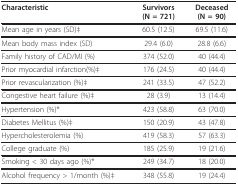
<table><thead><tr><td><b>Characteristic</b></td><td><b>Survivors(N = 721)</b></td><td><b>Deceased(N = 90)</b></td></tr></thead><tbody><tr><td>Mean age in years (SD)‡</td><td>60.5 (12.5)</td><td>69.5 (11.6)</td></tr><tr><td>Mean body mass index (SD)</td><td>29.4 (6.0)</td><td>28.8 (6.6)</td></tr><tr><td>Family history of CAD/MI (%)</td><td>374 (52.0)</td><td>40 (44.4)</td></tr><tr><td>Prior myocardial infarction(%)‡</td><td>176 (24.5)</td><td>40 (44.4)</td></tr><tr><td>Prior revascularization (%)‡</td><td>241 (33.5)</td><td>47 (52.2)</td></tr><tr><td>Congestive heart failure (%)‡</td><td>28 (3.9)</td><td>13 (14.4)</td></tr><tr><td>Hypertension (%)*</td><td>423 (58.8)</td><td>63 (70.0)</td></tr><tr><td>Diabetes Mellitus (%)‡</td><td>150 (20.9)</td><td>43 (47.8)</td></tr><tr><td>Hypercholesterolemia (%)</td><td>419 (58.3)</td><td>57 (63.3)</td></tr><tr><td>College graduate (%)</td><td>185 (25.9)</td><td>19 (21.6)</td></tr><tr><td>Smoking &lt; 30 days ago (%)*</td><td>249 (34.7)</td><td>18 (20.0)</td></tr><tr><td>Alcohol frequency &gt; 1/month (%)‡</td><td>348 (55.8)</td><td>19 (24.4)</td></tr></tbody></table>